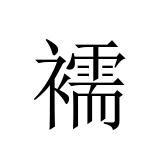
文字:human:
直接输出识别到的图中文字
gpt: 襦